Vital statistics of India. Vol. VI, European troops 1870-79
Year: 1870
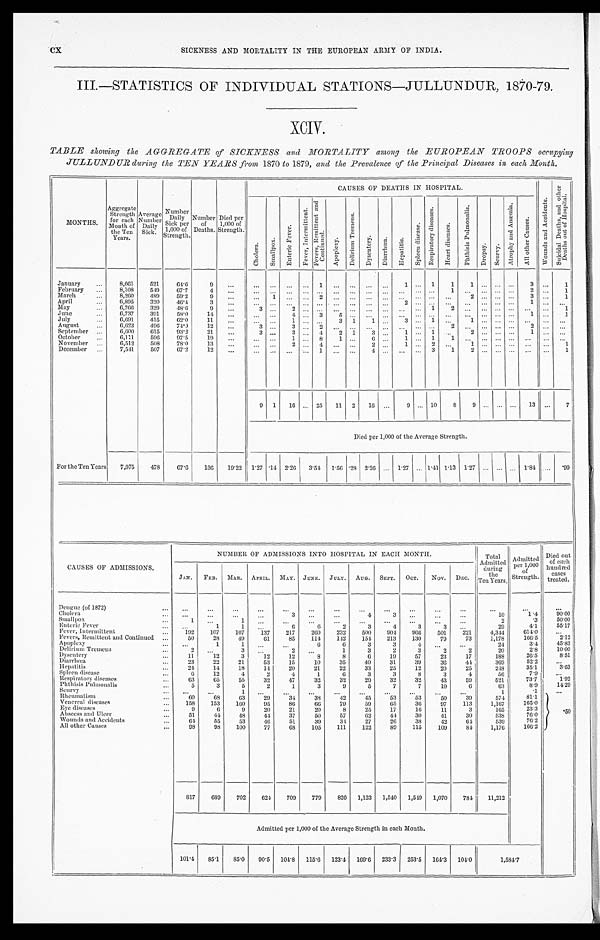
CX
SICKNESS AND MORTALITY IN THE EUROPEAN ARMY OF INDIA.
III.—STATISTICS OF INDIVIDUAL STATIONS—JULLUNDUR, 1870-79.
XCIV.
TABLE showing the AGGREGATE of SICKNESS and MORTALITY among the EUROPEAN TROOPS occupying
JULLUNDUR during the TEN YEARS from 1870 to 1879, and the Prevalence of the Principal Diseases in each Month.
MONTHS.
Aggregate Strength for each
Month of
the Ten
Years.
Average Number Daily
Si ck
Number Dai l y
Sick per
1,000 of
Strength.
Number of
Deaths.
Died per
1,000 of
Strength.
CAUSES OF DEATHS IN HOSPITAL.
W o u n d s a n d A c c i d e n t s .
S u i c i d a l D e a t h s , a n d o t h e r
D e a t h s o u t o f H o s p t i t a l .
C h o l e r a . S m a l l p o x .
E n t e r i c F e v e r .
F e v e r , I n t e r m i t t e n t .
F e v e r s , R e m i t t e n t a n d
C o n t i n u e d .
A p o p l e x y .
D e l i r i u m T r e m e n s .
D y s e n t e r y . D i a r r h œ a .
H e p a t i t i s .
S p l e e n d i s e a s e s .
R e s p i r a t o r y d i s e a s e s .
H e a r t d i s e a s e s .
P h t h i s i s P u l m o n a l i s .
Dr o p s y .
S c u r v y .
A t r o p h y a n d A n æ m i a .
A l l o t h e r C a u s e s .
January
8,061 521 64.6
9
1
1
1 1 1
3
1
February
8,108 549 67.7 4
1
2
1
March
8,260 489 59.2 9
1
2
2
3
1
April
6,895 320 46.4
3
2
1
May
6,766 329 48.6 9
3
2
1 2
1
June
6,737 391 58.0 14
4
3 5
1
1
July
6,691 415 62.0 11
1
3 1
1
3
1
1
August
6,623 496 74.9
1 2
3
3
2
2
2
September
6,600 615 93.2 21
3
3
4
2 1 3
1
1
2
1
October
6,111 596 97.5 19
1
8 1
6
1
1
1
November
6,512 508 78.0 13
2
4
2
1
2
1
1
December
7,541 507 67.2 12
1
4
3 1 2
1
9 1 16
25 11 2 16
9
10 8 9
13
7
Died per 1,000 of the Average Strength.
For the Ten Years 7,075 478 67.6 136 19.22 1.27 .14 2.26 3.54 1.56 . 28 2.26
1.27 1. 41 1.13 1. 27
1.84
.99
CAUSES OF ADMISSIONS.
NUMBER OF ADMISSIONS INTO HOSPITAL IN EACH MONTH.
Total
Admitted during the
Ten Years.
Admitted per 1,000
of
Strength.
Died out
of each
hundred cases
treated.
JAN. FEB. MAR. APRIL. MAY. JUNE. JULY. AUG. SEPT. OCT. NOV. DEC.
Dengue (of 1872)
Cholera
3
4 3
10
1.4 90. 00
Small pox
1
1
2
.3 50. 00
Enteric Fever
1
1
6
6
2
3
4
3
3
29
4. 1 55. 17
Fever, Intermittent
1 9 2
107 107 137 217 260 232 500
9 0 4 966 501 221 4,344 614.0
Fevers, Remittent and Continued
50 28 49 61 85 114 142 154 213 130 79 73 1,178 166.5
2 . 1 2
Apoplexy
1
1
6
6
3
3
4
24
3.4 45. 83
Delirium Tremens
2
3
2
1
3
2
3
2
2
20
2. 8 10. 00
Dysentery
1 1 12
3 12 12
8
8
6 19 57 23 17
188
26. 5
8 . 5 1
Diarrhœa 23 22 21 53 15 10 35 40 31 39 36 44
369
52. 2
Hepatitis
24 14 18 14 20 21 22 33 25 12 20 25
248
35. 1
3 . 6 3
Spl een di sease
6 12
4
2
4
1
6
3
3
8
3
4
56
7. 9
Respiratory diseases
63 65 55 32 47 32 32 29 32 32 43 59
521
73.7 1 . 9 2
Phthisis Pulmonalis
5
3
5
2
1
3
9
5
7
7 10
6
63
8. 9
14. 29
Scurvy
1
1
. 1
Rheumatism
6 0 68 63 29 34 38 42 45 53 53 50 39
574
81. 1
.50
Venereal diseases
158 153 160 95 86 66 79 59 65 36 97 113 1,167 165.0
Eye disease
9
6
9 20 21 20
8 25 17 16 11
3
165
23.3
Abscess and Ul cer
51 44 48 44 37 50 57 62 44 30 41 30
538
76.0
Wounds and Accidents
64 55 53 46 51 39 34 27 26 38 42 64
539
76.2
All other Causes
9 8
98 100 77 68 105 111 122 80 115 109 84 1,176 166.2
817 689 702 624 709 779 826 1,123 1,540 1,549 1,070 784 11,212
Admitted per 1,000 of the Average Strength in each Month.
101.4 85.1 85.0 90.5 104.8 115.6 123.4 169.6 233.3 253.5 164.3 104.0
1 , 5 8 4 . 7